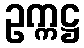
ဥက္ကဋ္ဌ